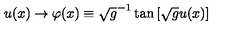
u ( x ) \rightarrow \varphi ( x ) \equiv \sqrt { g } ^ { - 1 } \tan \left[ \sqrt { g } u ( x ) \right]